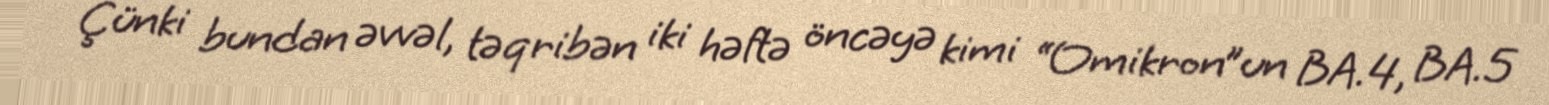
Çünki bundan əvvəl, təqribən iki həftə öncəyə kimi “Omikron”un BA.4, BA.5